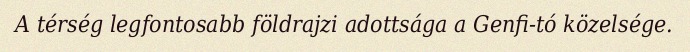
A térség legfontosabb földrajzi adottsága a Genfi-tó közelsége.